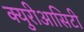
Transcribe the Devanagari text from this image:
क्युरीआसिटी